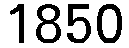
1850